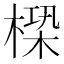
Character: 㮪